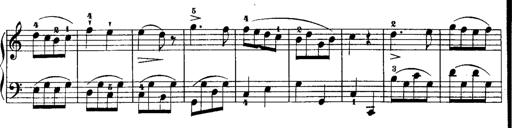
Title: Rondos and Sonatinas for Pianoforte
Composer: Daniel Steibelt